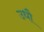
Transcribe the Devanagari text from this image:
उधौ